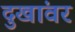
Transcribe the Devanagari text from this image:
दुखांवर